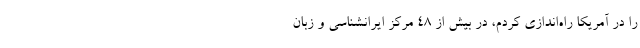
را در آمریکا راه‌اندازی کردم، در بیش از ۴۸ مرکز ایرانشناسی و زبان